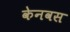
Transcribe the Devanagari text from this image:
केनवस